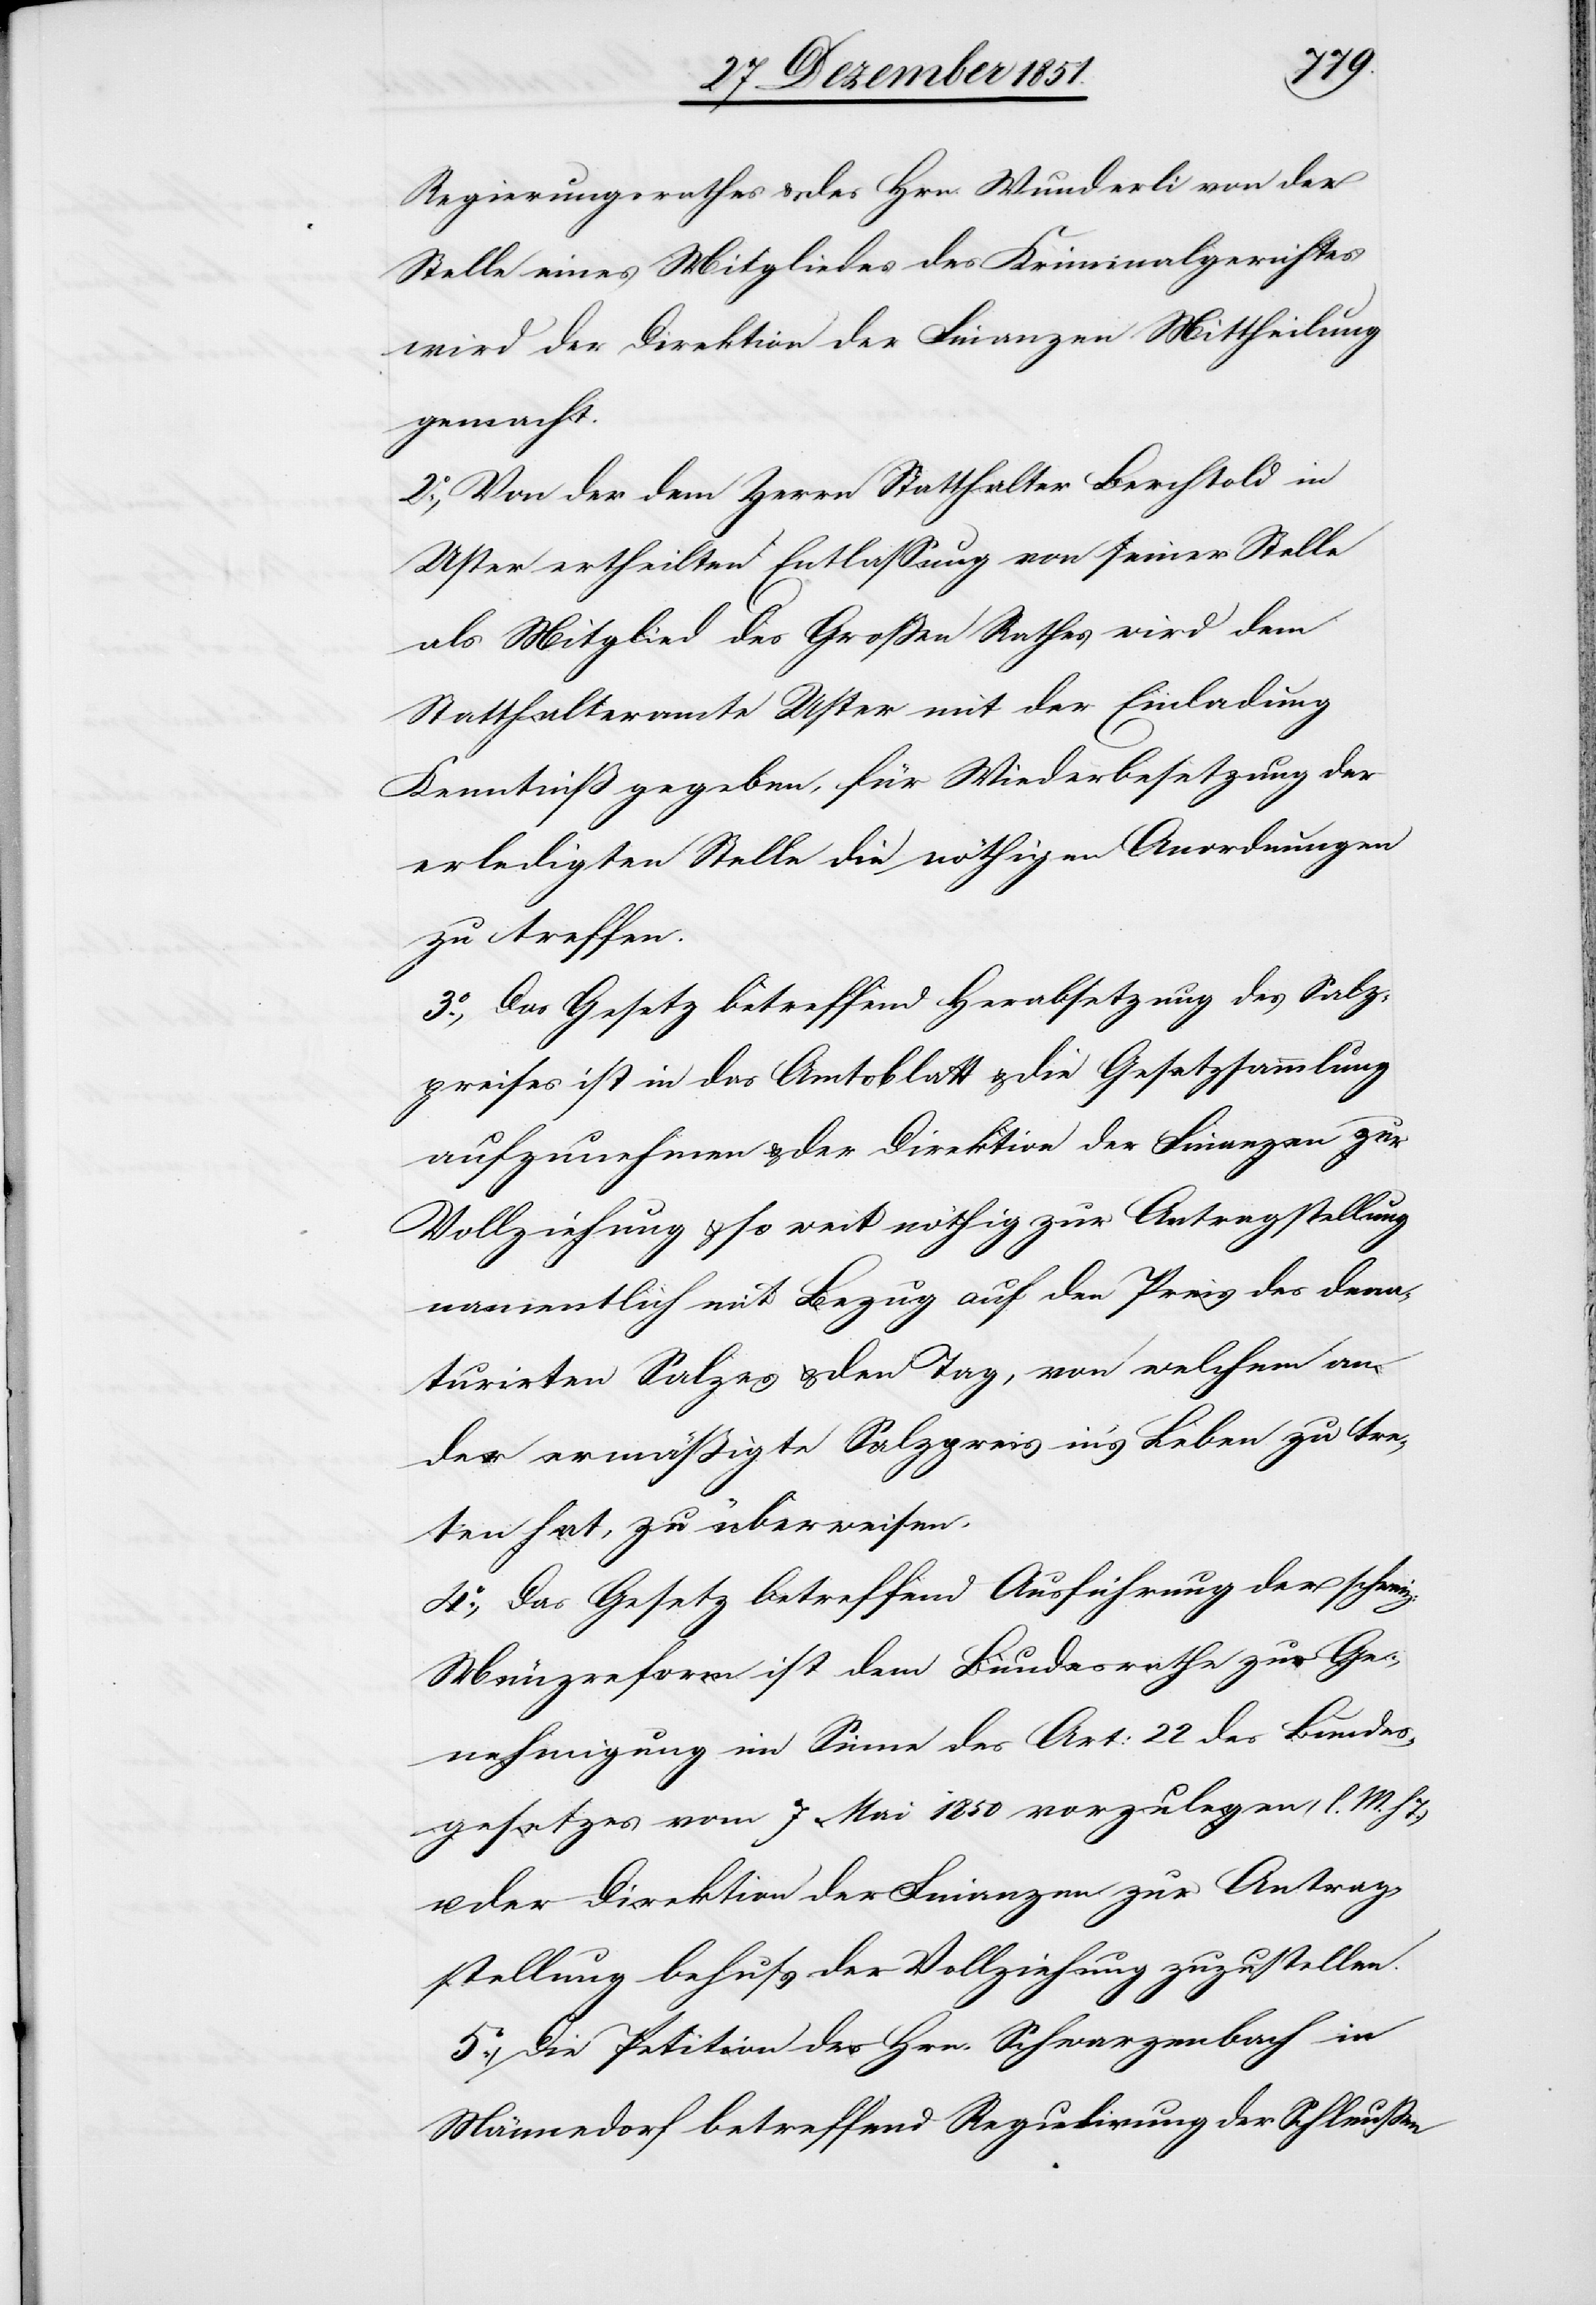
Regierungsrathes & des Hrn. Wunderli von der
Stelle eines Mitgliedes des Kriminalgerichtes
wird der Direktion der Finanzen Mittheilung
gemacht.
2.o, Von der dem Herrn Statthalter Berchtold in
Uster ertheilten Entlassung von seiner Stelle
als Mitglied des Großen Rathes wird dem
Statthalteramte Uster mit der Einladung
Kenntniß gegeben, für Wiederbesetzung der
erledigten Stelle die nöthigen Anordnungen
zu treffen.
3.o, Das Gesetz betreffend Herabsetzung des Salz¬
preises ist in das Amtsblatt & die Gesetzsammlung
aufzunehmen & der Direktion der Finanzen zur
Vollziehung & so weit nöthig zur Antragstellung
namentlich mit Bezug auf den Preis des dena¬
turirten Salzes & den Tag, von welchem an
der ermäßigte Salzpreis in’s Leben zu tre¬
ten hat, zu überweisen.
4.o, Das Gesetz betreffend Ausführung der schweiz:
Münzreform ist dem Bundesrathe zur Ge¬
nehmigung im Sinne des Art: 22 des Bundes¬
gesetzes vom 7 Mai 1850 vorzulegen (l. M.
der Direktion der Finanzen zur Antrag¬
stellung behufs der Vollziehung zuzustellen.
5.o, Die Petition des Hrn. Schwarzenbach in
Männedorf betreffend Regulirung der Schleußen